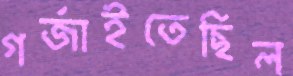
গর্জাইতেছিল